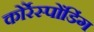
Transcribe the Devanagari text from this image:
कोर्रेस्पोंडिंग